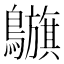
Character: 𪇥